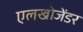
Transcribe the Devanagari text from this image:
एलखोजेंडर